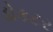
ડોકટર